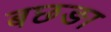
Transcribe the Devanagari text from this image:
बछङा